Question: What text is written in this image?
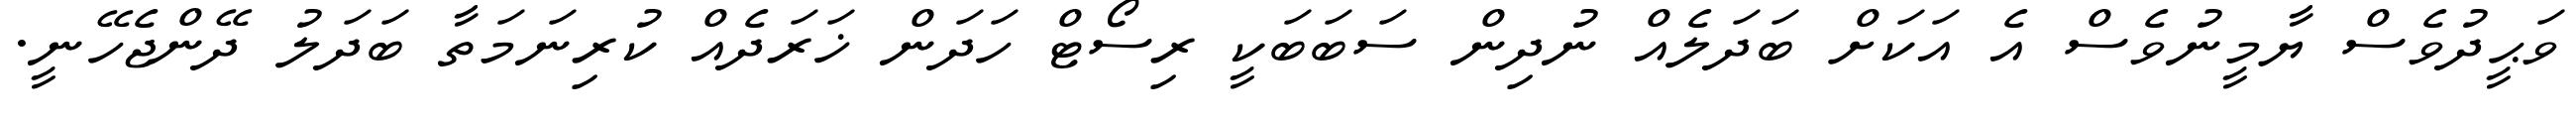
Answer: ވަޙީދުވެސް ޔާމީނުވެސް އެ އަކަށް ބަދަލެއް ނުދިން ސަބަބަކީ ރިސޯޓް ހަދަން ޚަރަދެއް ކުރިނަމަތާ ބަދަލު ދޭންޖެހޭނީ.